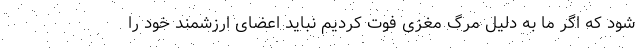
شود که اگر ما به دلیل مرگ مغزی فوت کردیم نباید اعضای ارزشمند خود را